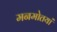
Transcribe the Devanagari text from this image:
मनमोतयां